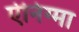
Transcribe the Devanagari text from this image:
ऐनिग्मा